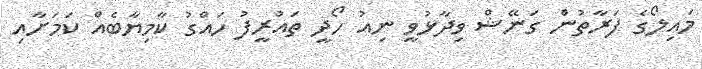
މައިލޯގެ ފަރާތުން ގަނޭޝް ވިދާޅުވީ ނިއު ހޯދީ ތައުރީފު ހައްގު ކާމިޔާބެއް ކަމަށާއި